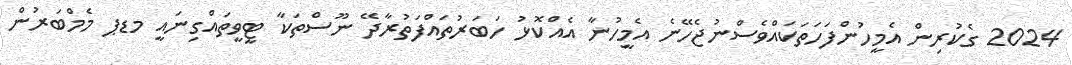
2024 ގެކުރިން އެމީހުންފަހަތަކައްވެސްނުޖެހޭނެ އެމީހުނާ އެއްކޮޅު ހަބަރުތައްފަތުރާދޭ ނޫސްތަކާ ޓީވީތައްގިނައީ މޑޕ މެމްބަރުން